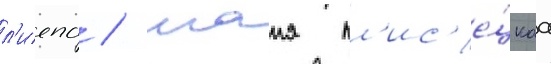
л'иепа / маия пл'ис'е́цкаа